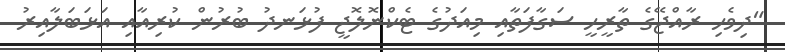
"ދިވެހި ރާއްޖޭގެ ތާރީހީ ސަގާފަތާއި މިއަދުގެ ޓެކްނޮލޮޖީ ފުޅަނދު ބުރުން ކުރިއާއި އަޅަބަލާއިރު